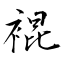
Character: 裩